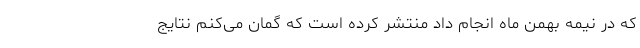
که در نیمه بهمن ماه انجام داد منتشر کرده است که گمان می‌کنم نتایج